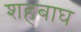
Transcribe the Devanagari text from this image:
शहबाघ